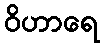
ဝိဟာရေ